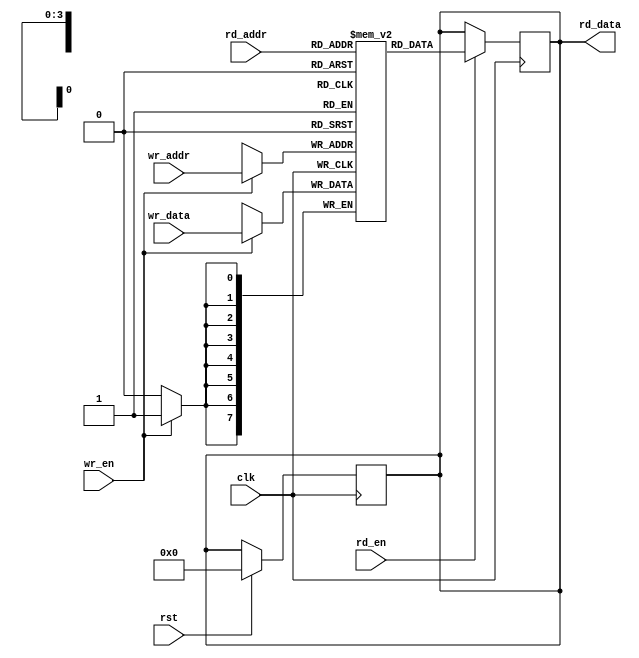
module RAM_D (clk,rst,wr_en,wr_addr,wr_data,rd_en,rd_addr,rd_data);
//inputs and outputs

parameter DEPTH = 16;
parameter ADDR_WIDTH =  4;
parameter DATA_WIDTH = 8;

input clk,rst;

//write operation
input [ADDR_WIDTH-1:0] wr_addr;
input [DATA_WIDTH-1:0] wr_data;
input wr_en;
//read operation
input [ADDR_WIDTH-1:0] rd_addr;
input rd_en;
output reg [DATA_WIDTH-1:0] rd_data;

	
reg [DATA_WIDTH-1:0] ram [0 : DEPTH - 1];


//reset block
always @(posedge clk)
begin
if(rst)
	rd_data <= 8'b0;
end

//write and read operations
always @(posedge clk)
begin
if (wr_en)
ram[wr_addr] <= wr_data;
end

always @(posedge clk)
begin
if (rd_en)

	rd_data <= ram[rd_addr];

end

	
endmodule